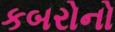
કબરોનો